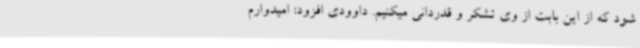
شود که از این بابت از وی تشکر و قدردانی میکنیم. داوودی افزود: امیدوارم